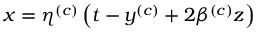
x = \eta ^ { ( c ) } \left( t - y ^ { ( c ) } + 2 \beta ^ { ( c ) } z \right)